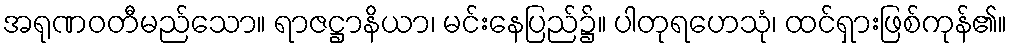
အရုဏဝတီမည်သော။ ရာဇဋ္ဌာနိယာ၊ မင်းနေပြည်၌။ ပါတုရဟေသုံ၊ ထင်ရှားဖြစ်ကုန်၏။